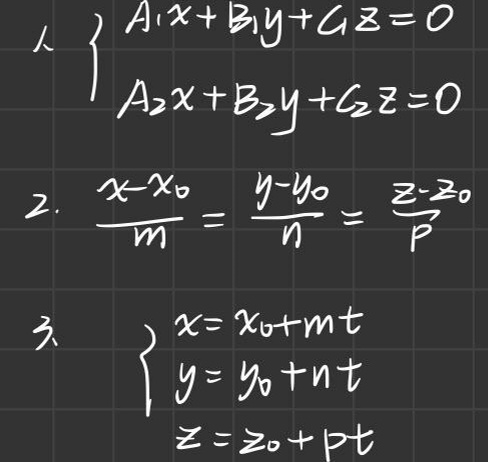
\begin{enumerate}
    \item $\begin{cases}
        A_1x + B_1y + C_1z = 0\\
        A_2x + B_2y + C_2z = 0
    \end{cases}$
    \item $\frac{x - x_0}{m}=\frac{y - y_0}{n}=\frac{z - z_0}{p}$
    \item $\begin{cases}
        x = x_0 + mt\\
        y = y_0 + nt\\
        z = z_0 + pt
    \end{cases}$
\end{enumerate}